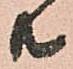
共